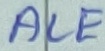
Text: ALE